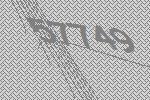
57749